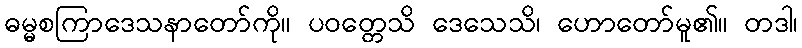
ဓမ္မစကြာဒေသနာတော်ကို။ ပဝတ္တေသိ ဒေသေသိ၊ ဟောတော်မူ၏။ တဒါ၊